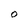
Character: O